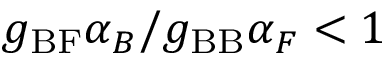
g _ { \mathrm { B F } } \alpha _ { B } / g _ { \mathrm { B B } } \alpha _ { F } < 1